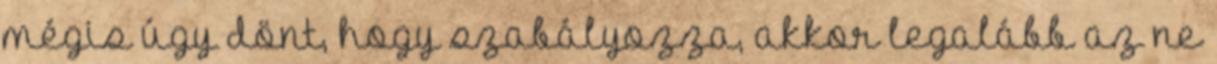
mégis úgy dönt, hogy szabályozza, akkor legalább az ne